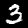
Label: 3